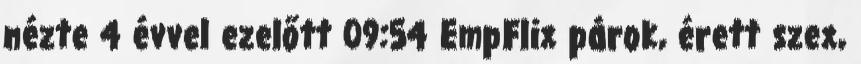
nézte 4 évvel ezelőtt 09:54 EmpFlix párok, érett szex,